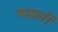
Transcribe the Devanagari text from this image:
मछलीं